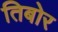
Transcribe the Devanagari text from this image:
तिबोर